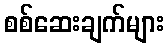
စစ်ဆေးချက်များ